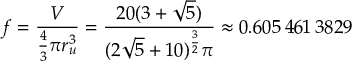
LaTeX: f = { \frac { V } { { \frac { 4 } { 3 } } \pi r _ { u } ^ { 3 } } } = { \frac { 2 0 ( 3 + { \sqrt { 5 } } ) } { ( 2 { \sqrt { 5 } } + 1 0 ) ^ { \frac { 3 } { 2 } } \pi } } \approx 0 . 6 0 5 \, 4 6 1 \, 3 8 2 9